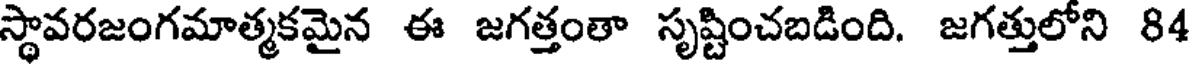
స్థావరజంగమాత్మకమైన ఈ జగత్తంతా సృష్టించబడింది. జగత్తులోని 84